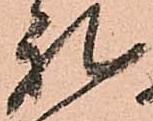
礼